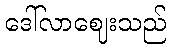
ဒေါ်လာဈေးသည်